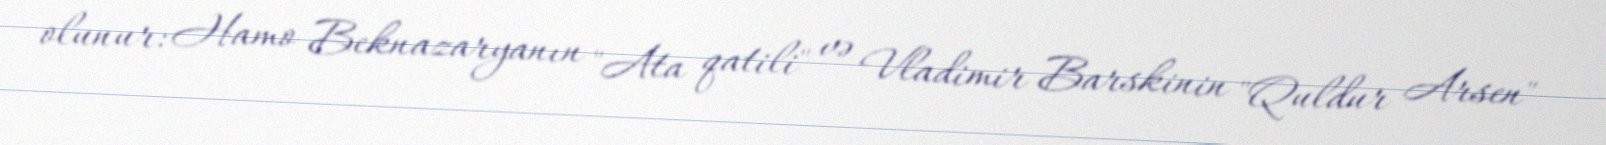
olunur: Hamo Beknazaryanın "Ata qatili" və Vladimir Barskinin "Quldur Arsen"